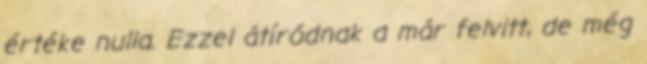
értéke nulla. Ezzel átíródnak a már felvitt, de még